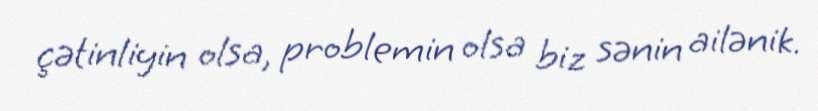
çətinliyin olsa, problemin olsa biz sənin ailənik.